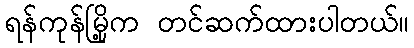
ရန်ကုန်မြို့က တင်ဆက်ထားပါတယ်။